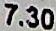
7.30